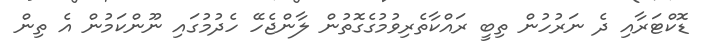
ޑޮކްޓަރާއި ދެ ނަރުހުން ތިބީ ރައްކާތެރިވުމުގެގޮތުން ލާންޖެހޭ ހެދުމުގައި ނޫންކަމުން އެ ތިން